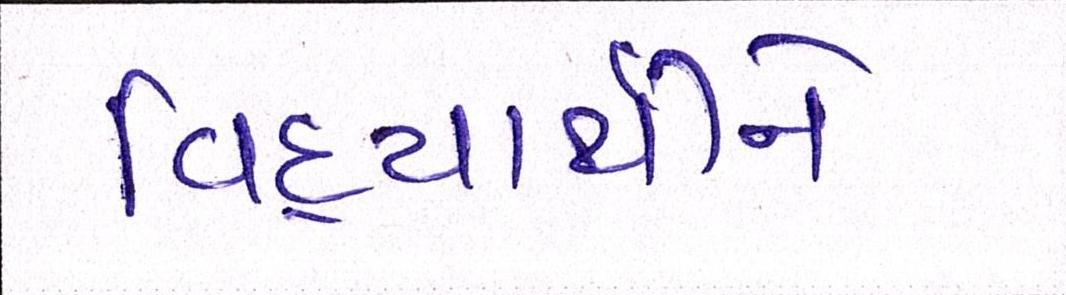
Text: વિદ્યાર્થીને